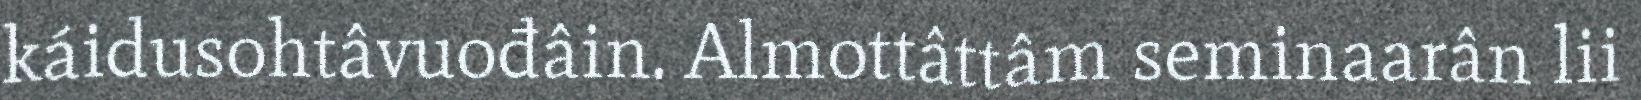
káidusohtâvuođâin. Almottâttâm seminaarân lii